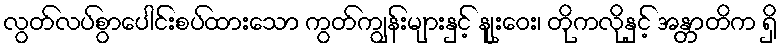
လွတ်လပ်စွာပေါင်းစပ်ထားသော ကွတ်ကျွန်းများနှင့် နျုးဝေး၊ တိုကလိုနှင့် အန္တာတိက ရှိ